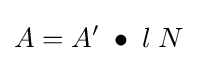
A=A'\;\bullet \;l\;N